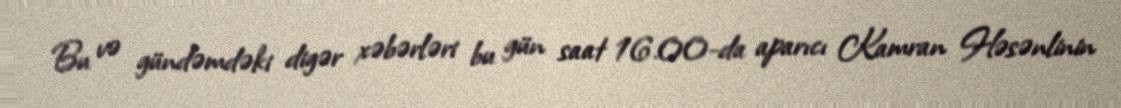
Bu və gündəmdəki digər xəbərləri bu gün saat 16.00-da aparıcı Kamran Həsənlinin